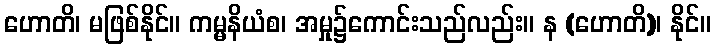
ဟောတိ၊ မဖြစ်နိုင်။ ကမ္မနိယံစ၊ အမှု၌ကောင်းသည်လည်း။ န (ဟောတိ)၊ နိုင်။